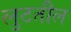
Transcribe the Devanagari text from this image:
लुटतील